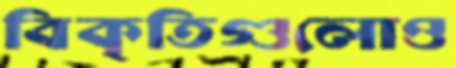
বিকৃতিগুলোও